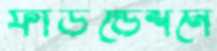
ফাউন্ডেশনে